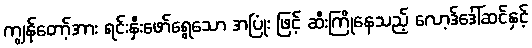
ကျွန်တော့်အား ရင်းနှီးဖော်ရွေသော အပြုံး ဖြင့် ဆီးကြိုနေသည့် လော့ဒ်ဒေါ်ဆင်နှင့်